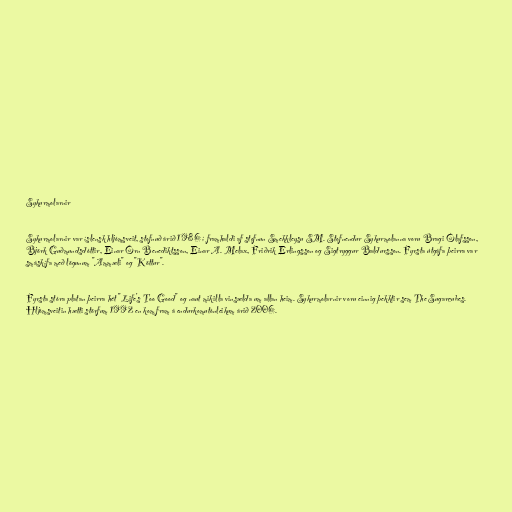
Sykurmolarnir

Sykurmolarnir var íslensk hljómsveit, stofnuð árið 1986 í framhaldi af stofnun Smekkleysu SM. Stofnendur Sykurmolanna voru Bragi Ólafsson,
Björk Guðmundsdóttir, Einar Örn Benediktsson, Einar A. Melax, Friðrik Erlingsson og Sigtryggur Baldursson. Fyrsta útgáfa þeirra var
smáskífa með lögunum "Ammæli" og "Köttur".

Fyrsta stóra platan þeirra hét "Life's Too Good" og naut mikilla vinsælda um allan heim. Sykurmolarnir voru einnig þekktir sem The Sugarcubes.
Hljómsveitin hætti störfum 1992 en kom fram á endurkomutónleikum árið 2006.